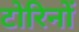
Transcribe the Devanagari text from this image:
टोरिनों